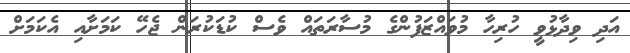
އަދި ވިދާޅުވީ ހުރިހާ މުވައްޒަފުންގެ މުސާރަތައް ވެސް ކުޑަކުރަން ޖެހޭ ކަމަށާއި އެކަމަށް